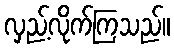
လှည့်လိုက်ကြသည်။